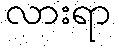
လားရာ